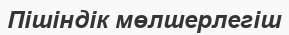
Пішіндік мөлшерлегіш